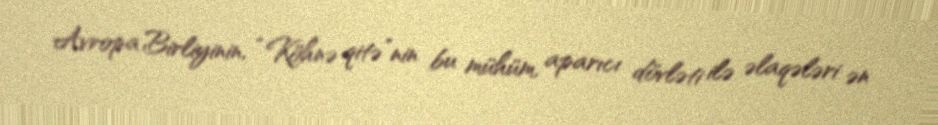
Avropa Birliyinin, “Köhnə qitə”nin bu mühüm, aparıcı dövləti ilə əlaqələri ən